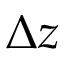
\Delta z